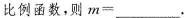
比例函数，则$$m = ___$$.